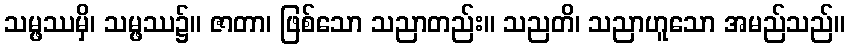
သမ္ဖဿမှိ၊ သမ္ဖဿ၌။ ဇာတာ၊ ဖြစ်သော သညာတည်း။ သညတိ၊ သညာဟူသော အမည်သည်။